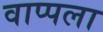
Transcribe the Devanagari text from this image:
वाप्पला